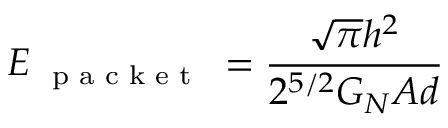
E _ { \textup { \scriptsize { p a c k e t } } } = \frac { \sqrt { \pi } h ^ { 2 } } { 2 ^ { 5 / 2 } G _ { N } A d }